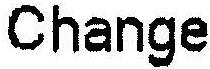
CHANGE